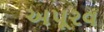
અપૂરવ